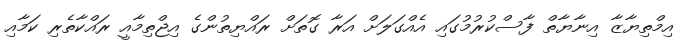
އިމްތިޔާޒާ އިނާޔާތް ފާސްކުރުމުގައި އެއްގަލަށް އަރާ ގޮތަށް ރައްޔިތުންގެ އިޖްތިމާއީ ރައްކާތެރި ކަމާއި